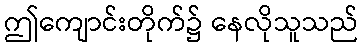
ဤကျောင်းတိုက်၌ နေလိုသူသည်